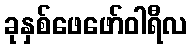
ခုနှစ်ဖေဖော်ဝါရီလ